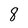
Character: 8